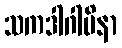
သကဒါဂါမိနာ